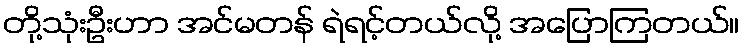
တို့သုံးဦးဟာ အင်မတန် ရဲရင့်တယ်လို့ အပြောကြတယ်။